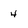
Character: 4